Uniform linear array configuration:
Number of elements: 64
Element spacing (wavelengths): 0.75
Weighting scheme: cosine
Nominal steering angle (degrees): -15
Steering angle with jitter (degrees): -15.571
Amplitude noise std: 0.05
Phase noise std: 0.05

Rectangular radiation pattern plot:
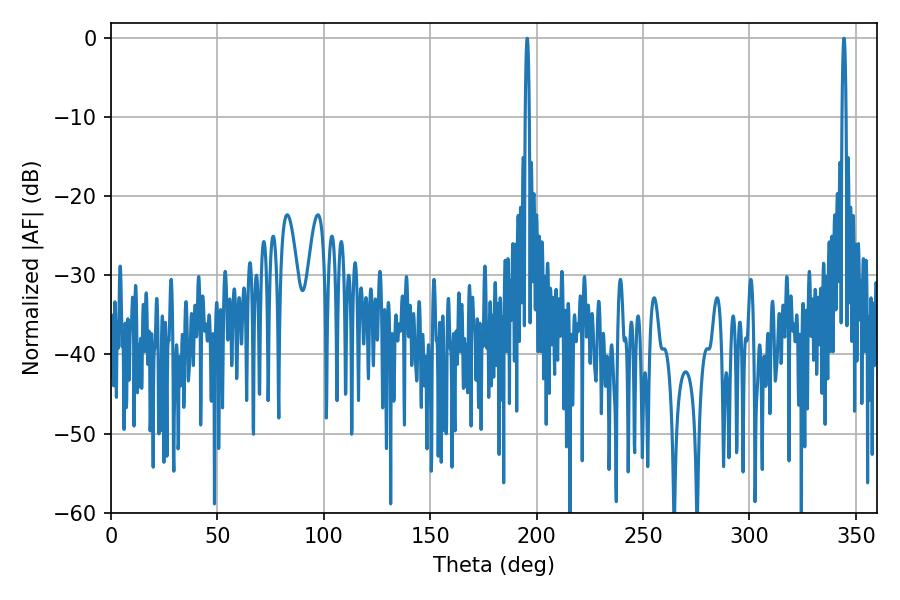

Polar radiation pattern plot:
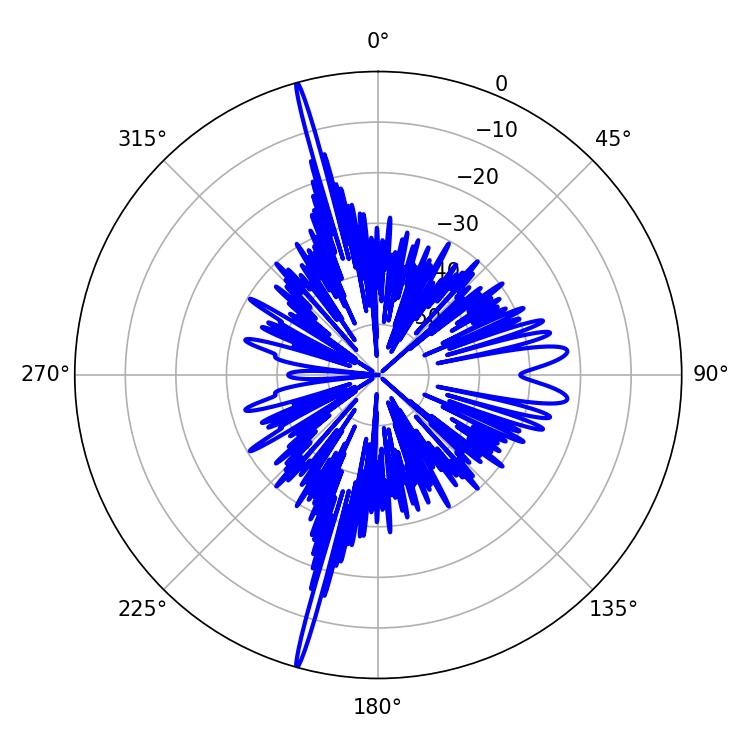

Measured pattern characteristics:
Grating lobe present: TRUE
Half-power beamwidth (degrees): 0.9
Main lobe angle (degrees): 344.52